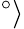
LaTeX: ^{\circ}\rangle